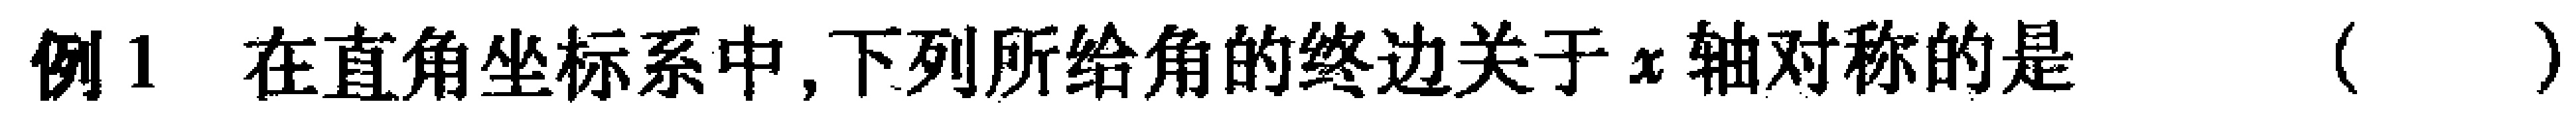
例1 在直角坐标系中,下列所给角的终边关于\(x\)轴对称的是（  ）